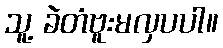
သူ့ ခဲတံဗူးမလှပပါ။